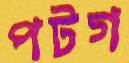
পটগ